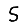
Digit: 5